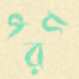
পরগ